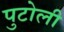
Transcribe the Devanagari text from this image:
पुटोली